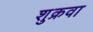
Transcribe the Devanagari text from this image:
शुक्रवा